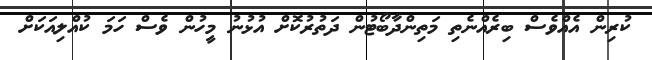
ކުރިން އެއްވެސް ބިރެއްނެތި މަތިންދާބޯޓުން ދަތުރުކޮށް އުޅުނު މީހުން ވެސް ހަމަ ކުއްލިއަކަށް